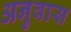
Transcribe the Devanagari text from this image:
अनुवास